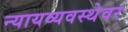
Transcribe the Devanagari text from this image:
न्यायव्यवस्थेवर